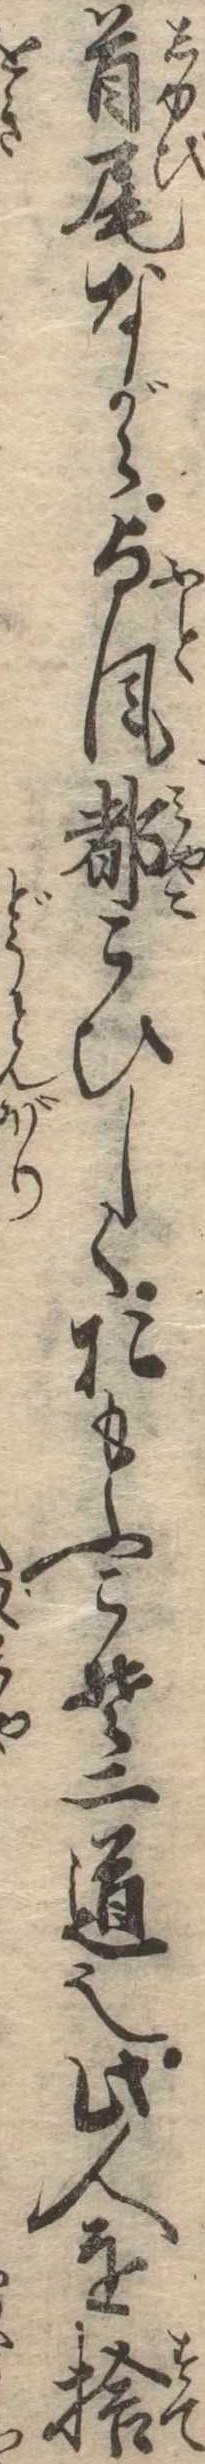
首尾ながら与風都こひしくおもふこそ二道也此人を捨